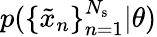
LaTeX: p(\{ \tilde{x}_{n}\} _{n=1}^{N_{\mathrm{s}}}|\theta)